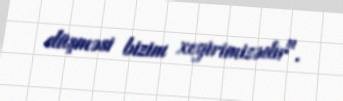
düşməsi bizim xeyirimizədir".